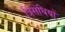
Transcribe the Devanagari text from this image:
त्रिसंधियों